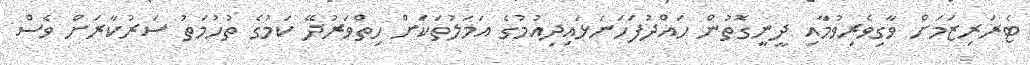
ޓެރަރިޒަމަށް ވާގިވެރިވުމާއި ދީނީގޮތުން ހައްދުފަހަނަޅައިދިއުމުގެ އަމަލުތަކަށް ހިތްވަރުދޭ ކަމުގެ ތުހުމަތު ސަރުކާރަށް ވެސް